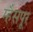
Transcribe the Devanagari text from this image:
म्हैसपूर